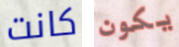
كانت يكون